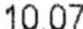
10.07